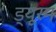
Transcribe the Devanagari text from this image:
ड्यूरम